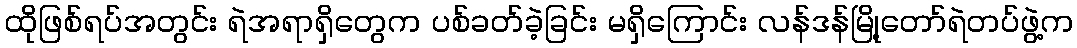
ထိုဖြစ်ရပ်အတွင်း ရဲအရာရှိတွေက ပစ်ခတ်ခဲ့ခြင်း မရှိကြောင်း လန်ဒန်မြို့တော်ရဲတပ်ဖွဲ့က